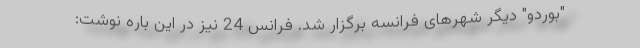
"بوردو" دیگر شهرهای فرانسه برگزار شد. فرانس 24 نیز در این باره نوشت: